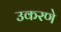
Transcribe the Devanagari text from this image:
उकरणे